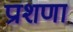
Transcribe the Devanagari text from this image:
प्राशणा